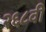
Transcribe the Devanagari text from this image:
२६८वी